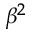
\beta ^ { 2 }